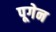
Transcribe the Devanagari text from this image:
पूगेन